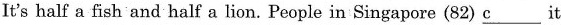
It's half a fish and half a lion. People in Singapore (82) \underline{c} it